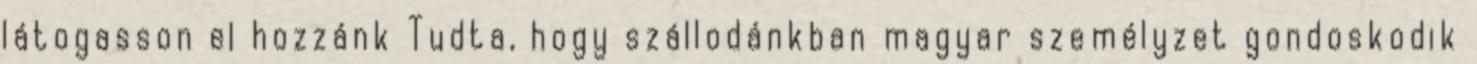
látogasson el hozzánk Tudta, hogy szállodánkban magyar személyzet gondoskodik